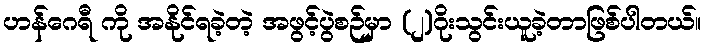
ဟန်ဂေရီ ကို အနိုင်ရခဲ့တဲ့ အဖွင့်ပွဲစဉ်မှာ (၂)ဂိုးသွင်းယူခဲ့တာဖြစ်ပါတယ်။